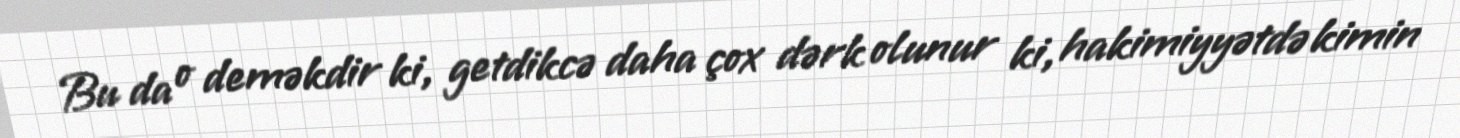
Bu da o deməkdir ki, getdikcə daha çox dərk olunur ki, hakimiyyətdə kimin